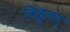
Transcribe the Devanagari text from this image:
विहुला